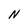
Character: N